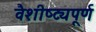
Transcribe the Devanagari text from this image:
वैशीष्ट्यपूर्ण